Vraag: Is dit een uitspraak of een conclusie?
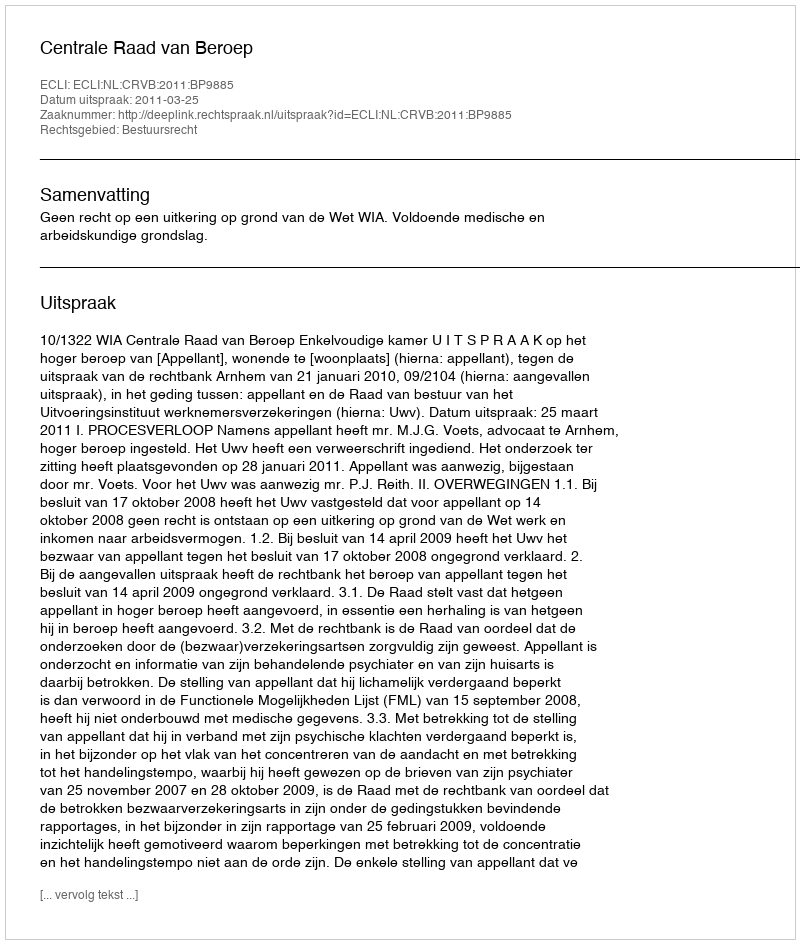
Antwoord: Uitspraak